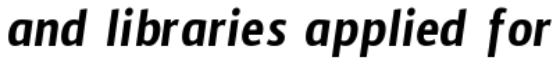
and libraries applied for